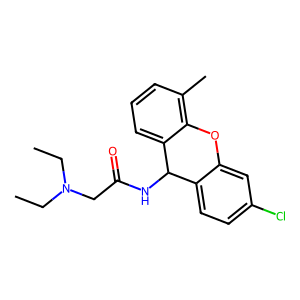
SMILES: CCN(CC)CC(=O)NC1c2ccc(Cl)cc2Oc2c(C)cccc21
Inhibits HIV replication: No